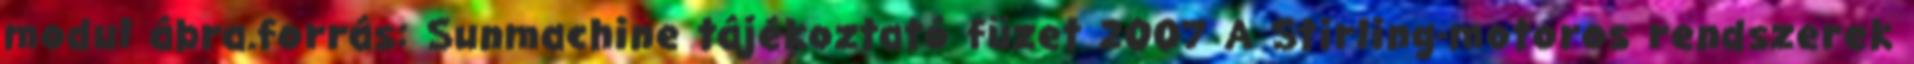
modul ábra.forrás: Sunmachine tájékoztató füzet 2007 A Stirling-motoros rendszerek